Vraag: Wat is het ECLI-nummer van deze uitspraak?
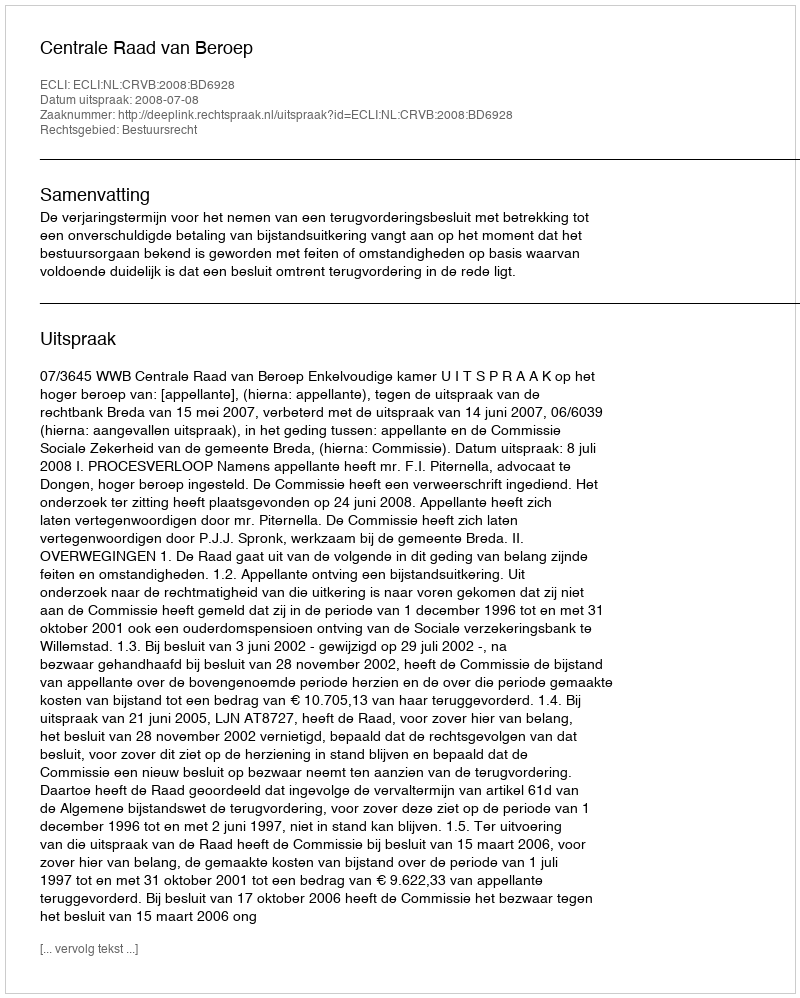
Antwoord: ECLI:NL:CRVB:2008:BD6928